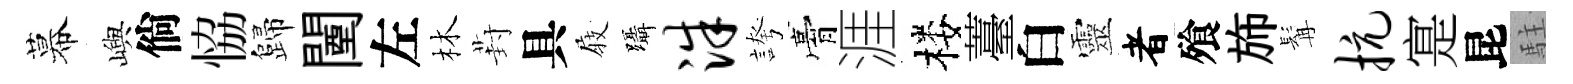
幕嶼倘恊歸闉左林葑具𡲆躡洙誇膏涯楼薹白靈者飱斾髯抗寔昆駐